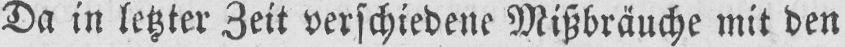
Da in letzter Zeit verschiedene Mißbräuche mit den